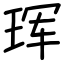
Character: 珲